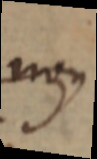
non